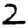
Digit: 2